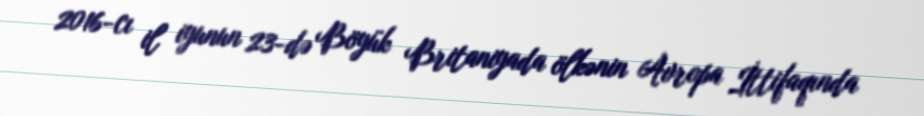
2016-cı il iyunun 23-də Böyük Britaniyada ölkənin Avropa İttifaqında